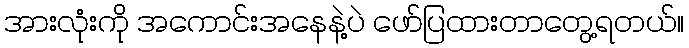
အားလုံးကို အကောင်းအနေနဲ့ပဲ ဖော်ပြထားတာတွေ့ရတယ်။